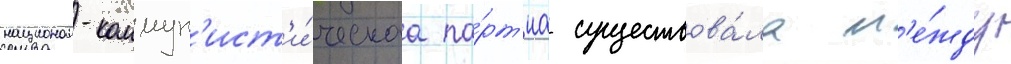
национал-коммун'ист'и́ческаа па́рт'иа существова́ла м'е́жду